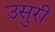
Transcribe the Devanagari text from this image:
उसुरी